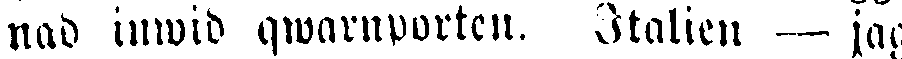
nad inwid qwarnporten. Italien — jag